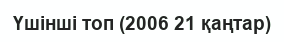
Үшінші топ (2006 21 қаңтар)